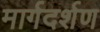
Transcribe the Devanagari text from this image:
मार्गदर्शण